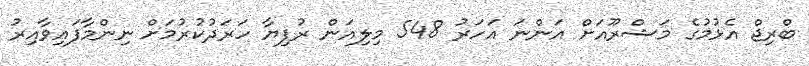
ބްރިޖް އެޅުމުގެ މަޝްރޫއަށް އަންނަ އަހަރު 548 މިލިއަން ރުފިޔާ ހަރަދުކުރުމަށް ނިންމާފައިވާއިރު